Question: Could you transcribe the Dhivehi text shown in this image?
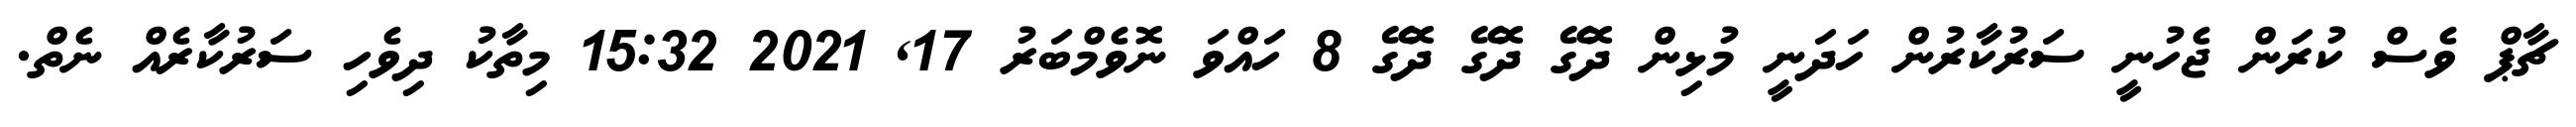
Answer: ޗާޕް ވެސް ކުރަން ޖެހުނީ ސަރުކާރުން ހަދަނީ މުޅިން ދޮގޭ ދޮގޭ ދޮގޭ 8 ހައްވަ ނޮވެމްބަރު 17, 2021 15:32 މިތާކު ދިވެހި ސަރުކާރެއް ނެތް.